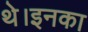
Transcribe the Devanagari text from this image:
थे।इनका